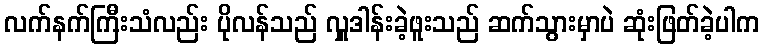
လက်နက်ကြီးသံလည်း ပိုလန်သည် လှူဒါန်းခဲ့ဖူးသည် ဆက်သွားမှာပဲ ဆုံးဖြတ်ခဲ့ပါက